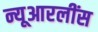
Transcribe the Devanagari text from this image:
न्यूआरलींस